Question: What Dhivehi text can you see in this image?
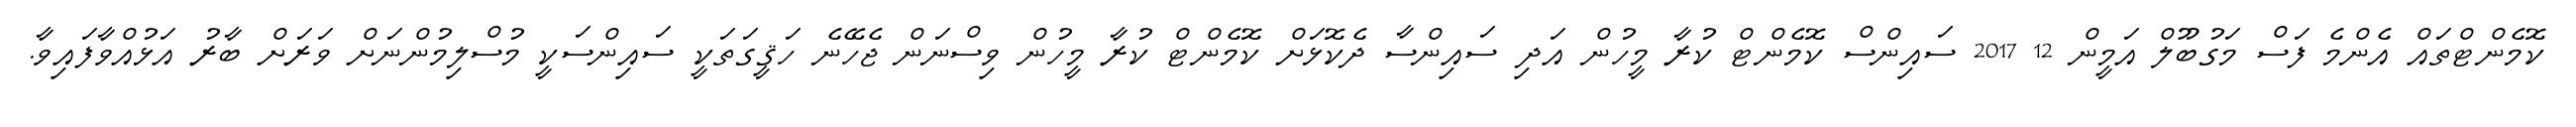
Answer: ކޮމެންޓްތައް އެންމެ ފަސް މަގުބޫލް އަމީން 12 2017 ސައިންސް ކޮމެންޓް ކުރާ މީހުން އަދި ސައިންސާ ދެކޮޅަށް ކޮމެންޓް ކުރާ މީހުން ވިސްނަން ޖެހޭނެ ހަޤީގަތަކީ ސައިންސަކީ މުސްލިމުންނަށް ވަރަށް ބާރު އަޅުއްވާފައިވާ.